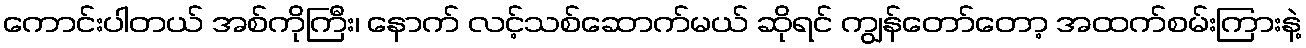
ကောင်းပါတယ် အစ်ကိုကြီး၊ နောက် လင့်သစ်ဆောက်မယ် ဆိုရင် ကျွန်တော်တော့ အထက်စမ်းကြားနဲ့